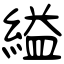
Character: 縊